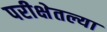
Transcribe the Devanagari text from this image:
परीक्षेतल्या